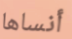
أنساها